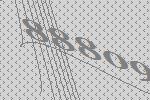
88809